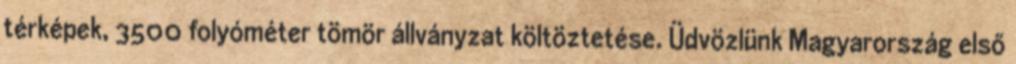
térképek, 3500 folyóméter tömör állványzat költöztetése. Üdvözlünk Magyarország első